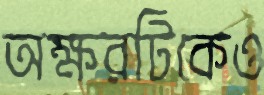
অক্ষরটিকেও